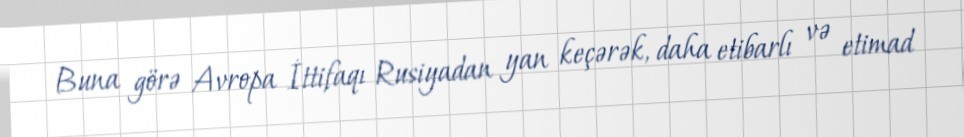
Buna görə Avropa İttifaqı Rusiyadan yan keçərək, daha etibarlı və etimad